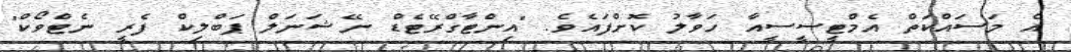
އެ މަސައްކަތް އެމްޓީސީސީއާ ހަވާލު ކޮށްފައެވެ. "އިންޓާގްރޭޓެޑް ނޭޝަނަލް ޕަބްލިކް ފެރީ ނެޓްވޯކް"